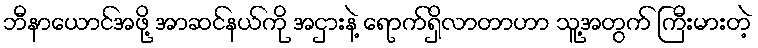
ဘီနာယောင်အဖို့ အာဆင်နယ်ကို အငှားနဲ့ ရောက်ရှိလာတာဟာ သူ့အတွက် ကြီးမားတဲ့